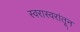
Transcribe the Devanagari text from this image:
स्वरास्वरांतून